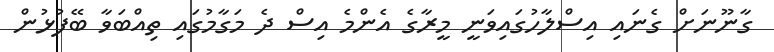
ގާނޫނަށް ގެނައި އިސްލާހުގައިވަނީ މީރާގެ އެންމެ އިސް ދެ މަގާމުގައި ތިއްބަވާ ބޭފުޅުން